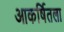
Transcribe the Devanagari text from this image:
आकर्षितला